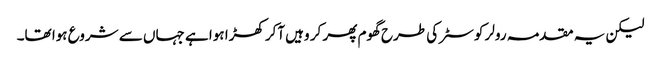
لیکن یہ مقدمہ رولر کوسٹر کی طرح گھوم پھر کر وہیں آکر کھڑا ہوا ہے جہاں سے شروع ہوا تھا۔